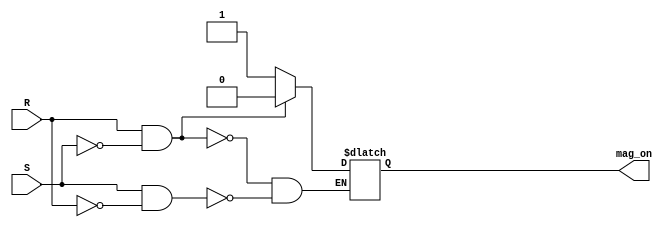
module latchsr(
    input wire S,R,
    output reg mag_on
);


    always @(S or R) begin
        if(R && !S)
            begin
                mag_on <= 0;
            end 
        else if(S && !R)
            begin
                mag_on<= 1;
            end
        else if(!S && !R)
            begin
                mag_on <= mag_on;
            end
    end
endmodule